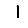
Digit: 1